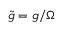
\tilde { g } = g / \Omega